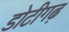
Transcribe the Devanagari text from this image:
डोटीगढ़